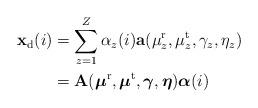
LaTeX: \begin{align*}\mathbf{x}_{\mathrm{d}}(i) &= \sum_{z=1}^{Z} \alpha_z(i)\mathbf{a}(\mu^{\mathrm{r}}_{z},\mu^{\mathrm{t}}_{z},\gamma_z,\eta_z)\\&=\mathbf{A}(\boldsymbol{\mu}^{\mathrm{r}},\boldsymbol{\mu}^{\mathrm{t}},\boldsymbol{\gamma},\boldsymbol{\eta})\boldsymbol{\alpha}(i)\end{align*}